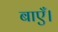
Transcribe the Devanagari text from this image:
बाएँ।